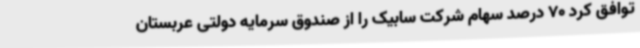
توافق کرد 70 درصد سهام شرکت سابیک را از صندوق سرمایه دولتی عربستان